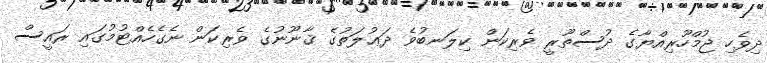
ދިވެހި ޖުމްހޫރިއްޔާގެ ދުސްތޫރީ ވެރިކަން ކިލަނބުވެ ދަޢުލަތުގެ ޤާނޫނުގެ ވެރިކަން ނެގެހެއްޓުމުގައި ރައީސް